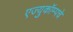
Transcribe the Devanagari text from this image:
एज्युकॉम्पचे